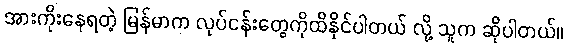
အားကိုးနေရတဲ့ မြန်မာက လုပ်ငန်းတွေကိုထိနိုင်ပါတယ် လို့ သူက ဆိုပါတယ်။